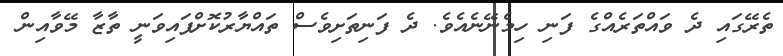
ތެރޭގައި ދެ ވައްތަރެއްގެ ފަނި ހިމެނޭނެއެވެ. ދެ ފަނިތަށިވެސް ތައްޔާރުކޮށްފައިވަނީ ތާޒާ މޭވާއިން